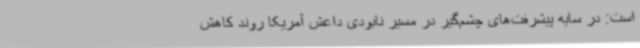
است: در سایه پیشرفت‌های چشم‌گیر در مسیر نابودی داعش آمریکا روند کاهش